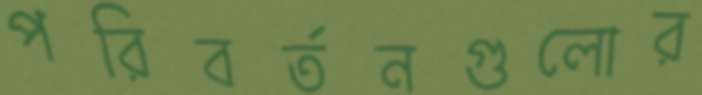
পরিবর্তনগুলোর